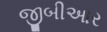
જીબીઆર